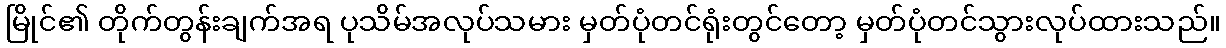
မြိုင်၏ တိုက်တွန်းချက်အရ ပုသိမ်အလုပ်သမား မှတ်ပုံတင်ရုံးတွင်တော့ မှတ်ပုံတင်သွားလုပ်ထားသည်။